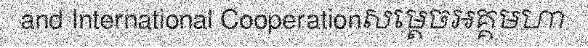
and International Cooperationសម្តេចអគ្គមហា